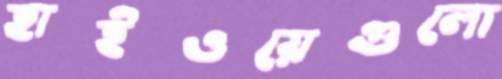
হাইওয়েগুলো